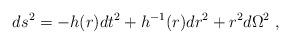
LaTeX: \begin{align*}ds^2 = -h(r)dt^2 + h^{-1}(r)dr^2 + r^2 d\Omega^2 \; ,\end{align*}